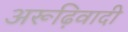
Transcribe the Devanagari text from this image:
अरूढ़िवादी